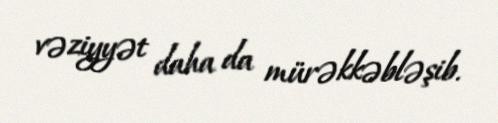
vəziyyət daha da mürəkkəbləşib.